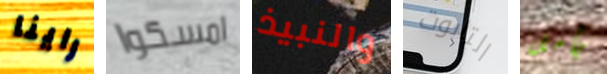
راينا امسكوا والنبيذ التابوت يأمل